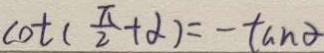
\cot ( \frac { \pi } { 2 } + \alpha ) = - \tan \alpha